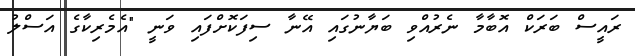
ރައީސް ބަރަކް އޮބާމާ ނެރުއްވި ބަޔާނުގައި އޭނާ ސިފަކޮށްފައި ވަނީ "އެމެރިކާގެ އަސްލު